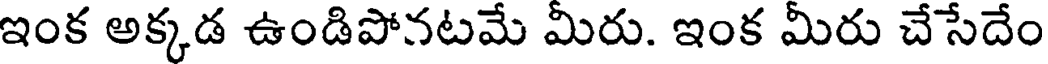
ఇంక అక్కడ ఉండిపోనటమే మీరు. ఇంక మీరు చేసేదేం